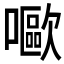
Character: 𡂿